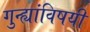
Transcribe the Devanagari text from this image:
गुन्ह्यांविषयी